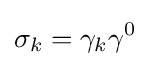
\sigma _{k}=\gamma _{k}\gamma ^{0}